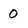
Character: 0